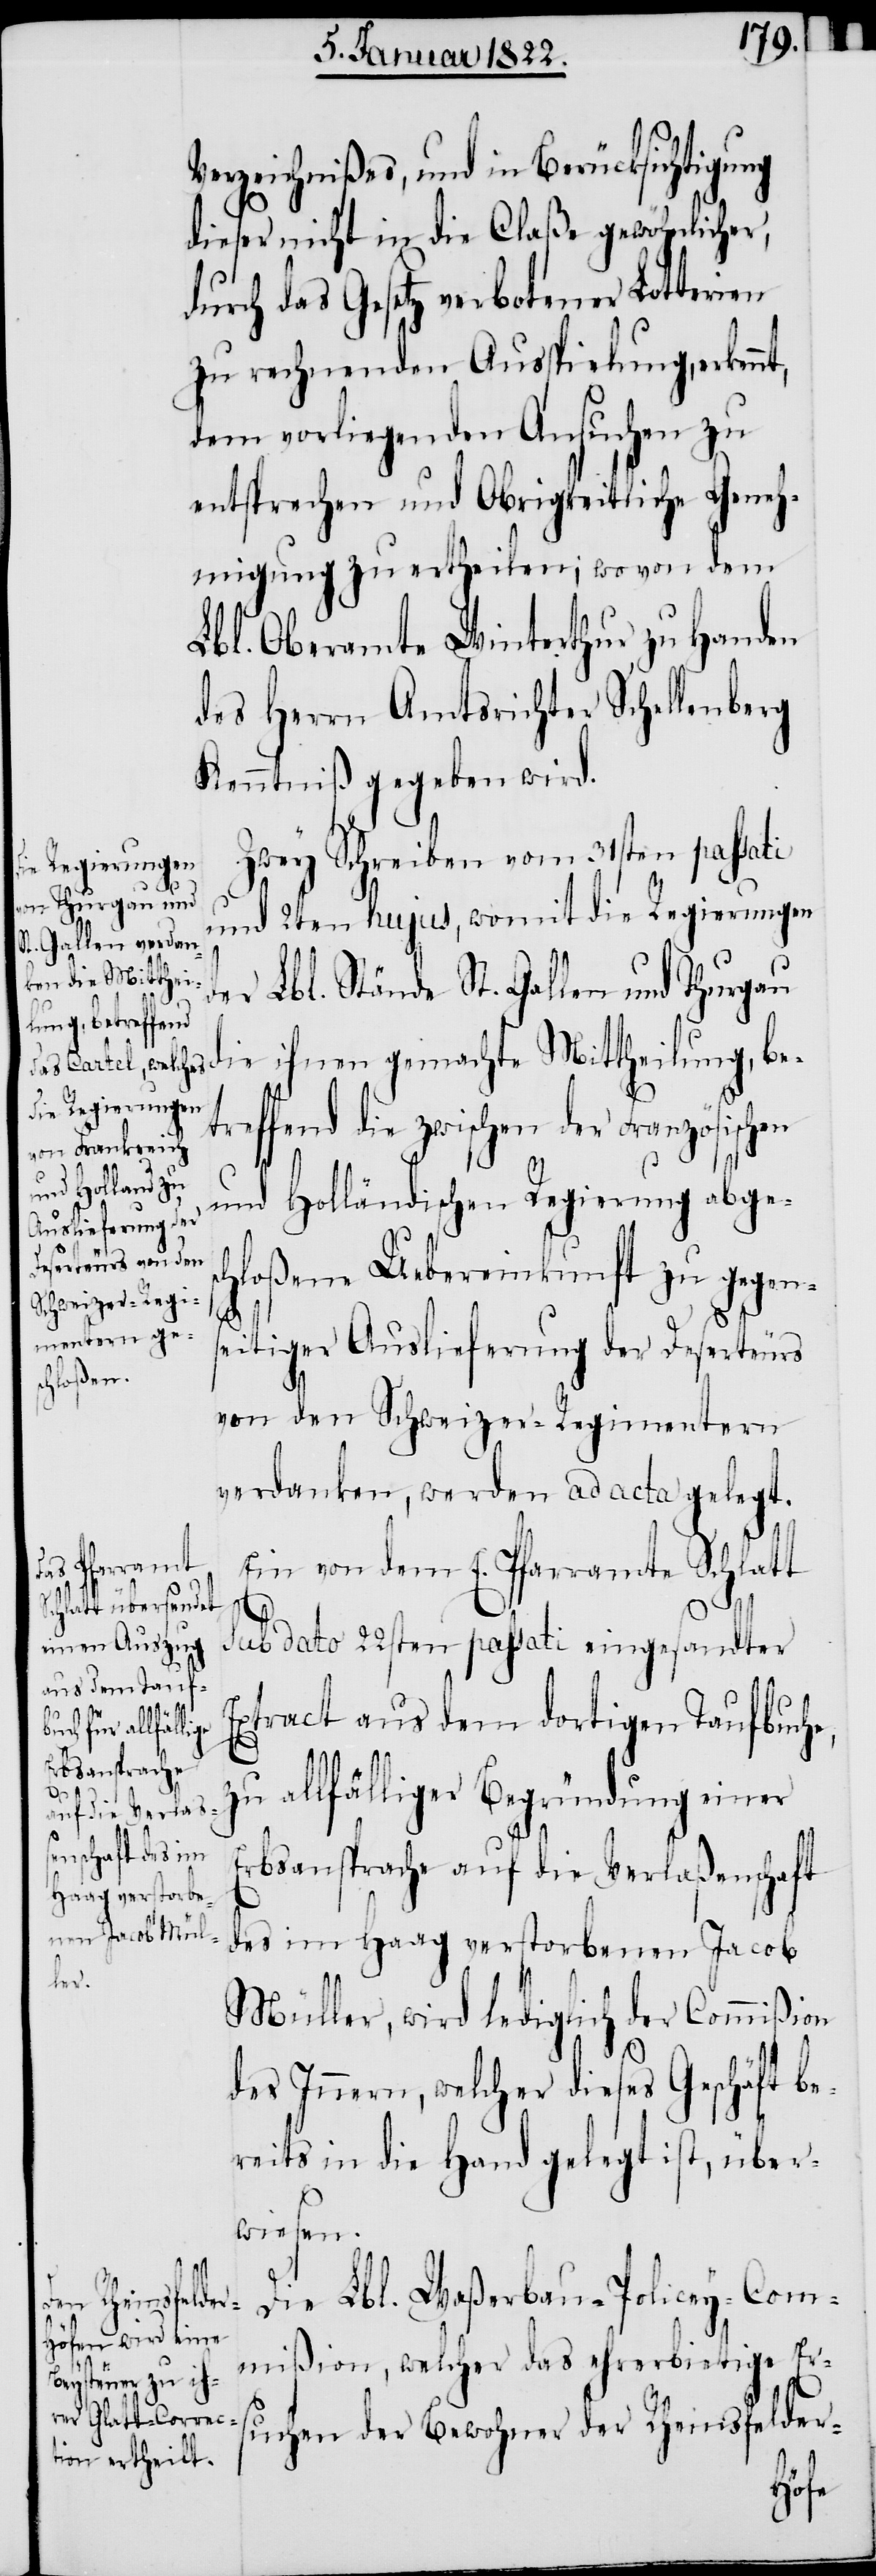
Verzeichnißes, und in Berücksichtigung
dieser nicht in die Claße gewöhnlicher,
durch das Gesetz verbotener Lotterien
zu rechnenden Ausspielung, erken¬
dem vorliegenden Ansuchen zu
entsprechen und Obrigkeitliche Geneh¬
migung zu ertheilen; wovon dem
Lbl. Oberamte Winterthur zu Handen
des Herrn Amtsrichter Schellenberg
Kenntniß gegeben wird.
Zwey Schreiben von 31sten passati
und 2ten hujus, womit die Regierungen
der Lbl. Stände St. Gallen und Thurgau
die ihnen gemachte Mittheilung, be¬
treffend die zwischen der Französischen
und Holländischen Regierung abge¬
hloßene Uebereinkunft zu gegen¬
e,
eitiger Auslieferung der Deserteurs
von den Schweizer-Regimentern
verdanken, werden ad acta gelegt.
Ein von dem E. Pfarramte Schlatt
sub dato 22sten passati eingesandter
xtract aus dem dortigen Taufbuch¬
zu allfälliger Begründung einer
Erbsansprache auf die Verlaßenschaft
des im Haag verstorbenen Jacob
Müller, wird lediglich der Commißion
des Innern, welcher dieses Geschäft be¬
reits in die Hand gelegt ist, über¬
wiesen.
Die Lbl. Waßerbau-Policey-Com¬
mißion, welcher das ehrerbietige Er¬
suchen der Bewohner der Rheinsfelder-